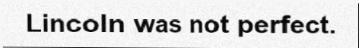
Lincoln was not perfect.